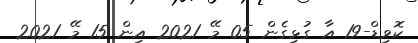
ކޮވިޑް-19 އާ ގުޅިގެން 05 މޭ 2021 އިން 15 މޭ 2021